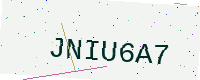
Text: JNIU6A7